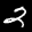
Label: 2